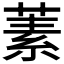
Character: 𬝚